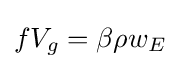
fV_{g}=\beta \rho w_{E}